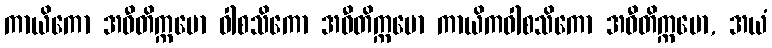
ကာယိကော အဝီတိက္ကမော ဝါစသိကော အဝီတိက္ကမော ကာယိကဝါစသိကော အဝီတိက္ကမော, အယံ